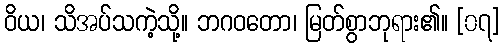
ဝိယ၊ သိအပ်သကဲ့သို့။ ဘဂဝတော၊ မြတ်စွာဘုရား၏။ [၀၇]